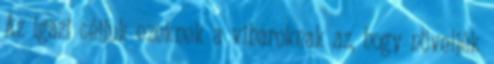
Az igazi céljuk ezeknek a viharoknak az, hogy növeljék